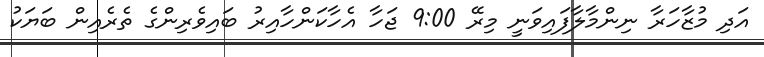
އަދި މުޒާހަރާ ނިންމާލާފައިވަނީ މިރޭ 9:00 ޖަހާ އެހާކަންހާއިރު ބައިވެރިންގެ ތެރެއިން ބަޔަކު